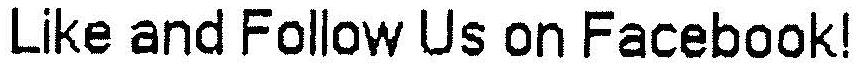
LIKE AND FOLLOW US ON FACEBOOK!